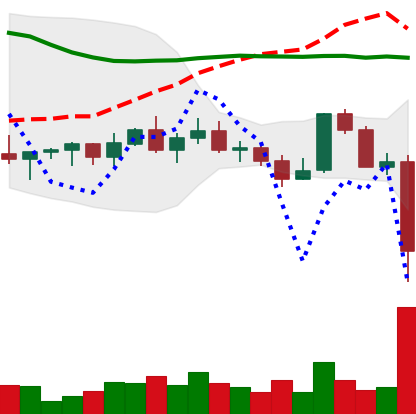
Ticker: XLM-USD
Chart end date: 2022-11-08
Forward return: -10.772%
Label: down_7plus